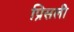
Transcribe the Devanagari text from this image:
प्रिसली